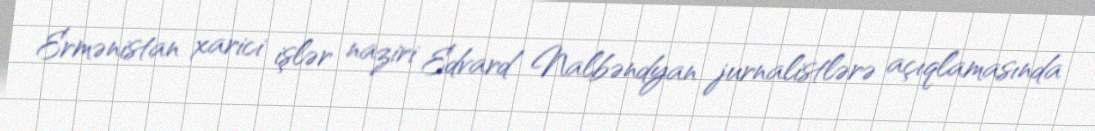
Ermənistan xarici işlər naziri Edvard Nalbəndyan jurnalistlərə açıqlamasında